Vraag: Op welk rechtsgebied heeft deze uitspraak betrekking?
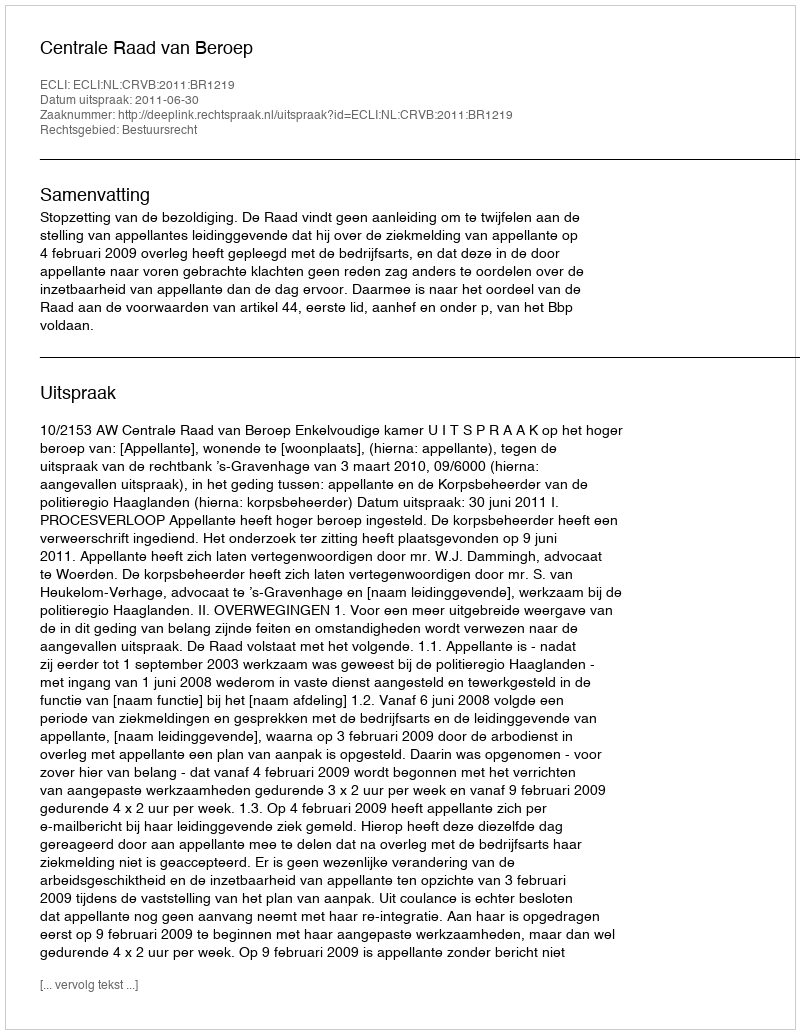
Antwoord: Bestuursrecht